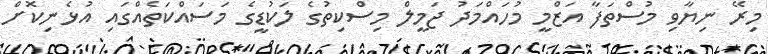
މިރޭ ނިޔާވި މުސްތަފާ އަޒްމީ މުހައްމަދު ޖަމީލް މިސްކިތުގެ ލަކުޑީގެ މަސައްކަތެއްގައި އުޅެނިކޮށް